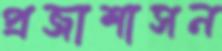
প্রজাশাসন